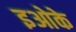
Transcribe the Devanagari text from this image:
इओके